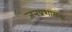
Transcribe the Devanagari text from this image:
जनप्रशासक